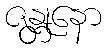
ဇန္တုနော